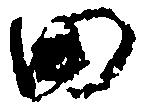
田